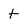
Character: t